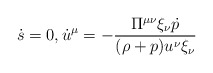
\begin{align*} \dot{s}=0,\dot{u}^\mu=-\frac{\Pi^{\mu\nu}\xi_\nu\dot{p}}{(\rho+p)u^\nu\xi_\nu}\end{align*}